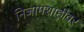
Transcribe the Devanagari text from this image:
निजामशाहीवर